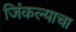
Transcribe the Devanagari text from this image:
जिंकल्याचा